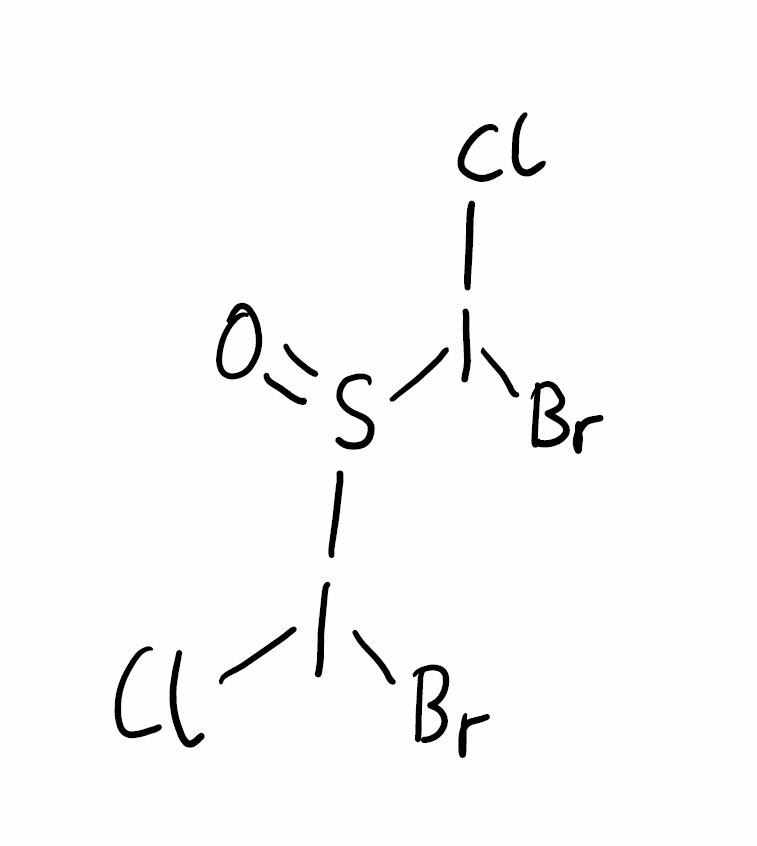
Simplified molecular-input line-entry system (SMILES) notation of the given molecule:
O=S(I(Cl)Br)I(Cl)Br